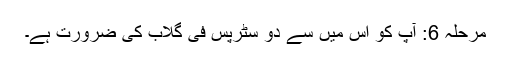
مرحلہ 6: آپ کو اس میں سے دو سٹرپس فی گلاب کی ضرورت ہے۔